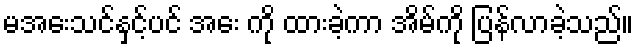
မအေးသင်နှင့်ပင် အေး ကို ထားခဲ့ကာ အိမ်ကို ပြန်လာခဲ့သည်။